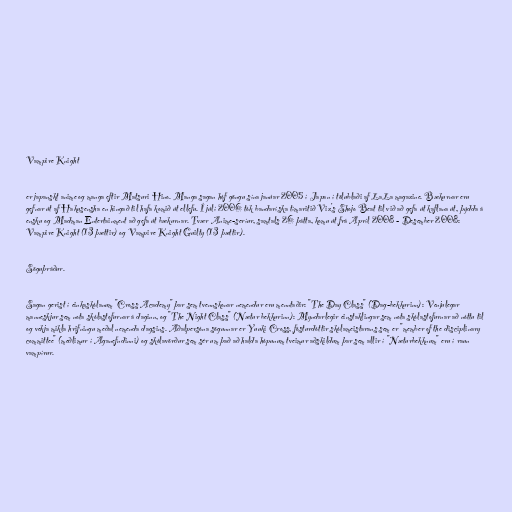
Vampire Knight

er japanskt anime og manga eftir Matsuri Hino. Manga sagan hóf göngu sína janúar 2005 í Japan í tölublaði af LaLa magazine. Bækurnar eru
gefnar út af Hakusensha en hingað til hafa komið út ellefu. Í júlí 2006 tók bandaríska tímaritið Viz's Shojo Beat til við að gefa út kaflana út, þýdda á
ensku og Madman Entertainment að gefa út bækurnar. Tvær Anime-seríur, samtals 26 þátta, komu út frá Apríl 2008 - Desember 2008:
Vampire Knight (13 þættir) og Vampire Knight Guilty (13 þættir).

Söguþráður.

Sagan gerist í einkaskólanum "Cross Academy" þar sem tvennskonar nemendur eru menntaðir: "The Day Class" (Dag-bekkurinn): Venjulegar
manneskjur sem nota skólastofurnar á daginn, og "The Night Class" (Nætur bekkurinn): Myndarlegir einstaklingar sem nota skólastofurnar að nóttu til
og vekja mikla hrifningu meðal nemenda dagsins. Aðalpersóna sögunnar er Yuuki Cross, fósturdóttir skólameistarans sem er "member of the disciplinary
committee" (meðlimur í Aganefndinni) og skólavörður sem sér um það að halda hópunum tveimur aðskildum þar sem allir í "Næturbekknum" eru í raun
vampírur.